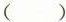
( )